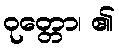
ဝုတ္တော၊ ၏